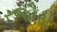
રજૌરી